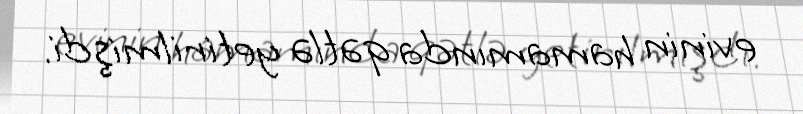
evinin hamamında qətlə yetirilmişdi.